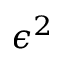
\epsilon ^ { 2 }